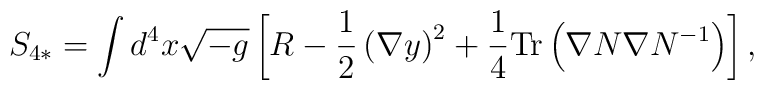
S_{4*} = \int d^4 x \sqrt{-g} \left[ R -\frac{1}{2}  \left( \nabla y \right)^2 + \frac{1}{4} {\rm Tr} \left( \nabla N \nabla N^{-1} \right) \right] ,